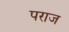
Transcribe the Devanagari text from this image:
पराज